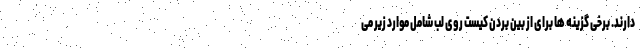
دارند. برخی گزینه ها برای از بین بردن کیست روی لب شامل موارد زیر می